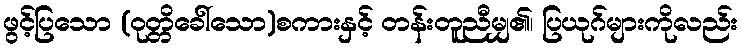
ဖွင့်ပြသော (ဝုတ္တိခေါ်သော)စကားနှင့် တန်းတူညီမျှ၏၊ ပြယုဂ်များကိုလည်း